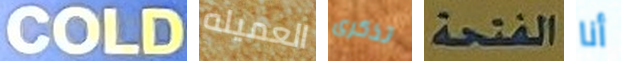
COLD العميله تذكرى الفتحة أنا